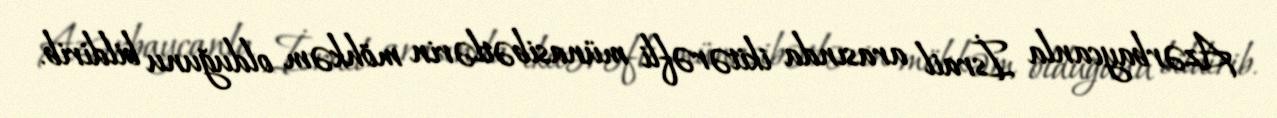
Azərbaycanla İsrail arasında ikitərəfli münasibətlərin möhkəm olduğunu bildirib.